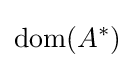
\operatorname {dom} (A^{*})